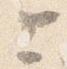
上